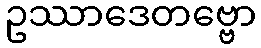
ဥဿာဒေတဗ္ဗော